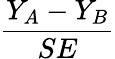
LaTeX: \frac{Y_{A}-Y_{B}}{SE}